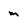
Character: m